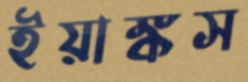
ইয়াঙ্কস